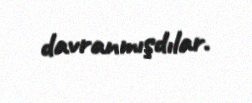
davranmışdılar.